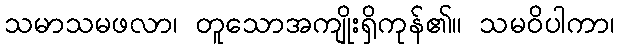
သမာသမဖလာ၊ တူသောအကျိုးရှိကုန်၏။ သမဝိပါကာ၊